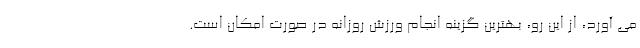
می آورد، از این رو، بهترین گزینه انجام ورزش روزانه در صورت امکان است.